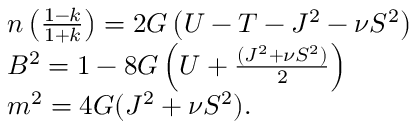
\begin{array} { l l } { { n \left( \frac { 1 - k } { 1 + k } \right) = 2 G \left( U - T - J ^ { 2 } - \nu S ^ { 2 } \right) } } \\ { { B ^ { 2 } = 1 - 8 G \left( U + \frac { ( J ^ { 2 } + \nu S ^ { 2 } ) } { 2 } \right) } } \\ { { m ^ { 2 } = 4 G ( J ^ { 2 } + \nu S ^ { 2 } ) . } } \end{array}